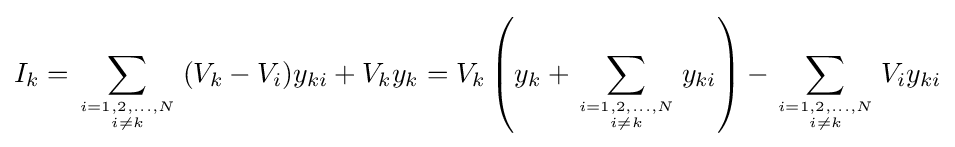
I_{k}=\sum _{i=1,2,\ldots ,N \atop i\neq k}{(V_{k}-V_{i})y_{ki}}+V_{k}y_{k}=V_{k}\left(y_{k}+\sum _{i=1,2,\ldots ,N \atop i\neq k}y_{ki}\right)-\sum _{i=1,2,\ldots ,N \atop i\neq k}V_{i}y_{ki}